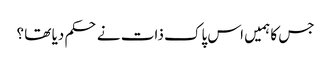
جس کا ہمیں اس پاک ذات نے حکم دیا تھا ؟